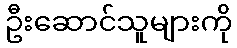
ဦးဆောင်သူများကို